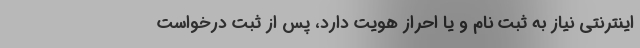
اینترنتی نیاز به ثبت نام و یا احراز هویت دارد، پس از ثبت درخواست